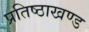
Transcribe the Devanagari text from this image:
प्रतिष्ठाखण्ड